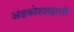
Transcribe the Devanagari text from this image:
अंडकोशाखाली